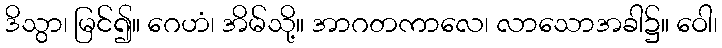
ဒိသွာ၊ မြင်၍။ ဂေဟံ၊ အိမ်သို့။ အာဂတကာလေ၊ လာသောအခါ၌။ ဝေါ၊